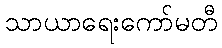
သာယာရေးကော်မတီ